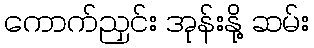
ကောက်ညှင်း အုန်းနို့ ဆမ်း